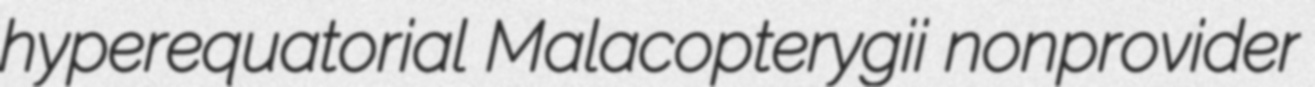
hyperequatorial Malacopterygii nonprovider